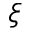
\xi